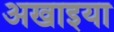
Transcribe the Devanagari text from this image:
अखाइया